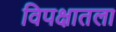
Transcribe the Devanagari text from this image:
विपक्षातला